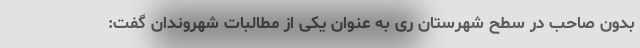
بدون صاحب در سطح شهرستان ری به عنوان یکی از مطالبات شهروندان گفت: